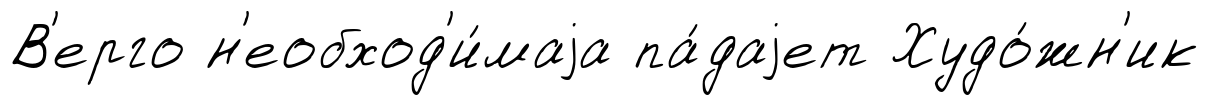
В'ерго н'еобход'и́маjа па́даjет Худо́жн'ик